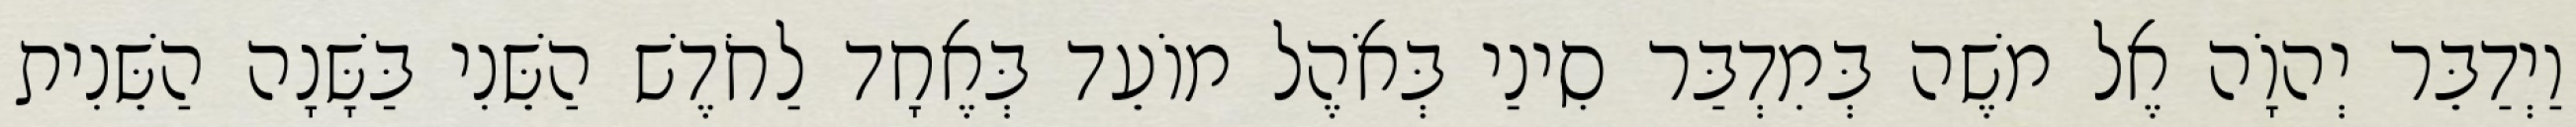
וַיְדַבֵּר יְהוָֹה אֶל משֶׁה בְּמִדְבַּר סִינַי בְּאֹהֶל מוֹעֵד בְּאֶחָד לַחֹדֶשׁ הַשֵּׁנִי בַּשָּׁנָה הַשֵּׁנִית